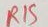
Text: R15